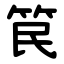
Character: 笢